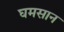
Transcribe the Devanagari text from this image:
घमसान